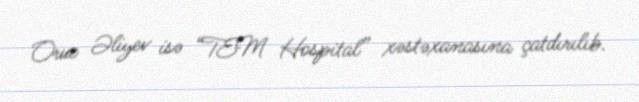
Oruc Əliyev isə “TEM Hospital” xəstəxanasına çatdırılıb.